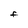
Character: F